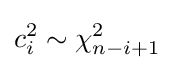
c_{i}^{2}\sim \chi _{n-i+1}^{2}